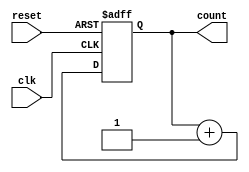
module ripple_counter (
    input wire clk,           // Clock input
    input wire reset,         // Asynchronous reset
    output reg [n-1:0] count  // n-bit counter output
);
    parameter n = 4; // Number of bits for the counter

    always @(posedge clk or posedge reset) begin
        if (reset) begin
            count <= 0; // Reset the counter to zero
        end else begin
            count <= count + 1; // Increment the counter
        end
    end
endmodule